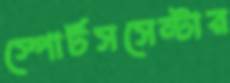
স্পোর্টসসেন্টার